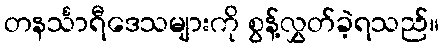
တနင်္သာရီဒေသများကို စွန့်လွှတ်ခဲ့ရသည်။